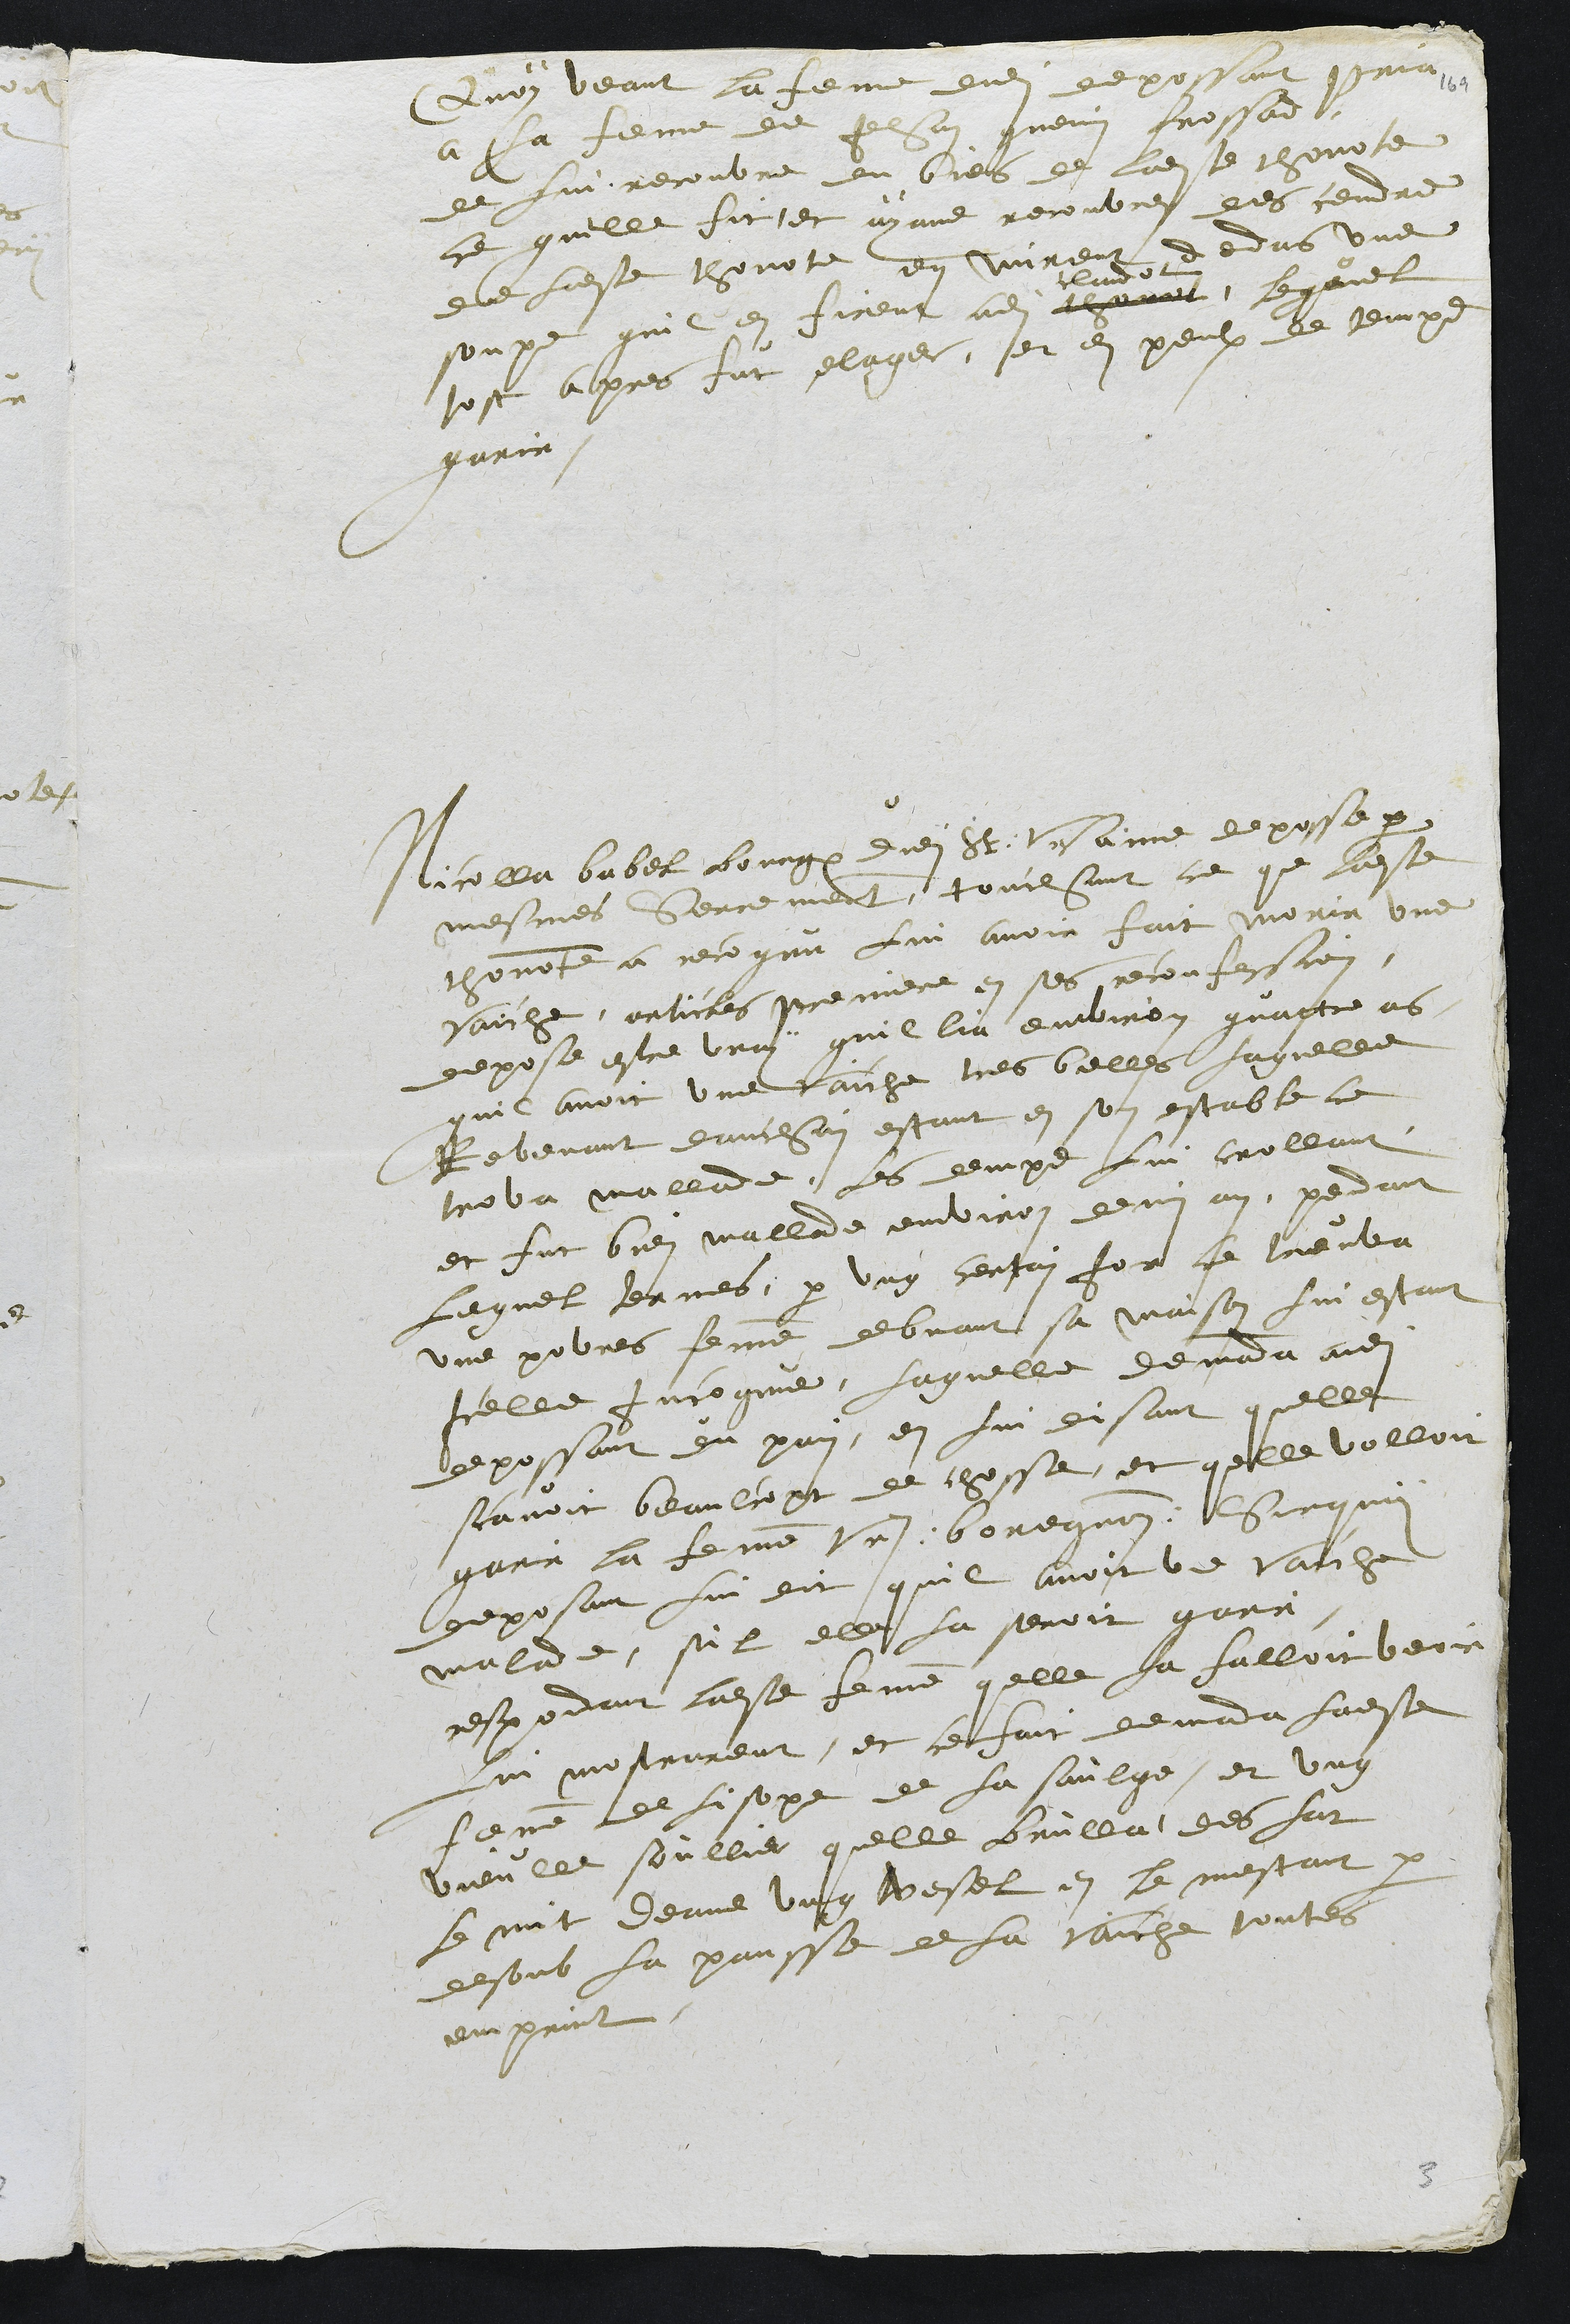
Quoy veant la femme dudit depossant pria
a la femme de Jehan guenin frossad
de lui recouvre du biens de ladite thonote
ce quelle fit, et ayant recouvrer des cendre
de ladite thonote en mirent dedans une
soupe quil en firent audit thonot
claudot
, lequel
tost apres fut selager, et en peulx de temps
garir.
Nicolla babel bourgeois dudit St Ursanne deposse par
mesme Serrement, touchant ce que ladite
thonnote a recognu lui avoir fait morir une
vaiche, articles premiere en ses reconfession,
depose estre vray quil lia environ quattre ans
quil avoit une vaiche tres belles laquelle
Revenant danchai estant en son estable ce
trova mallade, les demps lui crollant
et fut bien mallade environ demi an, pendant
lequel termes, par ung certain jor ce treuva
une povres femme debvant sa maison lui estant
Icelle incognue, laquelle demanda audit
depossant du pain, en lui disant quelle
scavoit beaulcopt de chosse, et quelle volloit
garir la femme Urs boregnon Surquoy
deposant lui dit quil avoit une vache
malade, sil elle la seroit garri
respondant ladite femme quelle la falloit veoir
lui mostrarent, et ce fait demanda ladite
femme de lisope de la saulge, et ung
vieulle soullier quelle brulla des sur
le mit deans ung vesel et le mestant par
desoub la pansse de la vaiche toutes
emprint

3